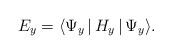
LaTeX: \begin{align*}E_y = \langle \Psi_y\,|\,H_y \,|\,\Psi_y\rangle.\end{align*}